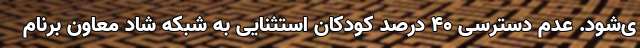
ی‌شود. عدم دسترسی ۴۰ درصد کودکان استثنایی به شبکه شاد معاون برنام